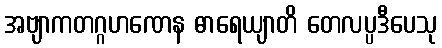
အဗျာကတဂ္ဂဟဏေန ဓာရေယျာတိ တေလပ္ပဒီပေသု